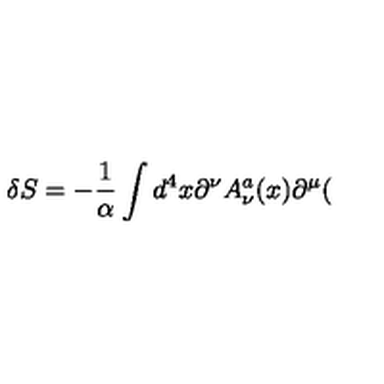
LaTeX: \delta S = - \frac 1 \alpha \int d ^ { 4 } x \partial ^ { \nu } A _ { \nu } ^ { a } ( x ) \partial ^ { \mu } (